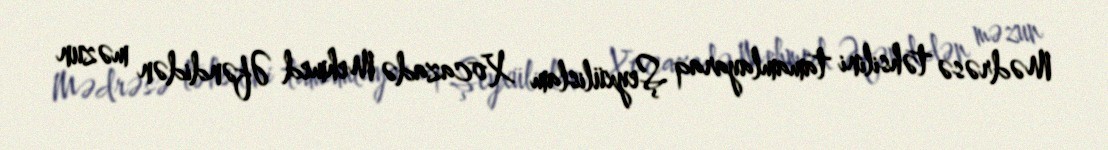
Mədrəsə təhsilini tamamlayaraq Şeyxülislam Xocazadə Mehmed Əfəndidən məzun